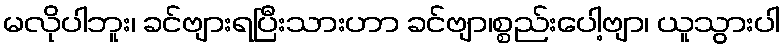
မလိုပါဘူး၊ ခင်ဗျားရပြီးသားဟာ ခင်ဗျာ၊စ္စည်းပေါ့ဗျာ၊ ယူသွားပါ